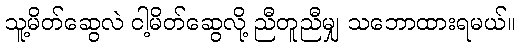
သူ့မိတ်ဆွေလဲ ငါ့မိတ်ဆွေလို့ ညီတူညီမျှ သဘောထားရမယ်။